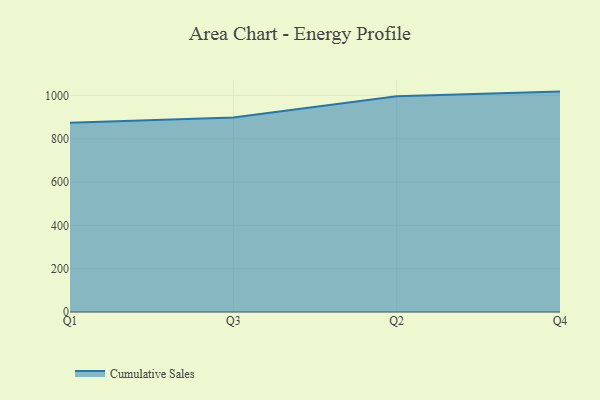
{"axis": {"x": "Quarter", "y": "Production Output"}, "legend": ["Cumulative Sales"], "data": [{"x": "Q1", "y": 873.6, "type": "Cumulative Sales"}, {"x": "Q3", "y": 898.2, "type": "Cumulative Sales"}, {"x": "Q2", "y": 995.5, "type": "Cumulative Sales"}, {"x": "Q4", "y": 1017.5, "type": "Cumulative Sales"}]}